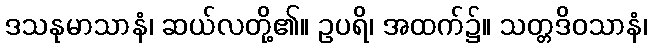
ဒသနုမာသာနံ၊ ဆယ်လတို့၏။ ဥပရိ၊ အထက်၌။ သတ္တဒိဝသာနံ၊